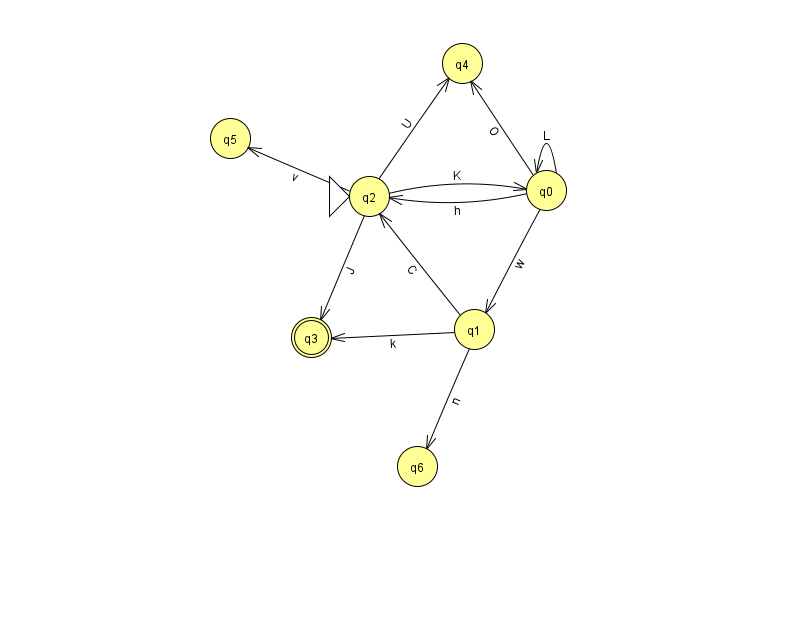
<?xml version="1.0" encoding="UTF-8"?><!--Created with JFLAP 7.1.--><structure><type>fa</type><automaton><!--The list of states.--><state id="0" name="q0"><x>546.0</x><y>177.0</y></state><state id="1" name="q1"><x>474.0</x><y>316.0</y></state><state id="2" name="q2"><x>369.0</x><y>183.0</y><initial/></state><state id="3" name="q3"><x>311.0</x><y>324.0</y><final/></state><state id="4" name="q4"><x>462.0</x><y>50.0</y></state><state id="5" name="q5"><x>230.0</x><y>125.0</y></state><state id="6" name="q6"><x>417.0</x><y>453.0</y></state><!--The list of transitions.--><transition><from>2</from><to>0</to><read>K</read></transition><transition><from>1</from><to>3</to><read>k</read></transition><transition><from>2</from><to>4</to><read>U</read></transition><transition><from>0</from><to>2</to><read>h</read></transition><transition><from>0</from><to>4</to><read>O</read></transition><transition><from>2</from><to>3</to><read>J</read></transition><transition><from>2</from><to>5</to><read>v</read></transition><transition><from>1</from><to>2</to><read>C</read></transition><transition><from>0</from><to>1</to><read>w</read></transition><transition><from>1</from><to>6</to><read>n</read></transition><transition><from>0</from><to>0</to><read>L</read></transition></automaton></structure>